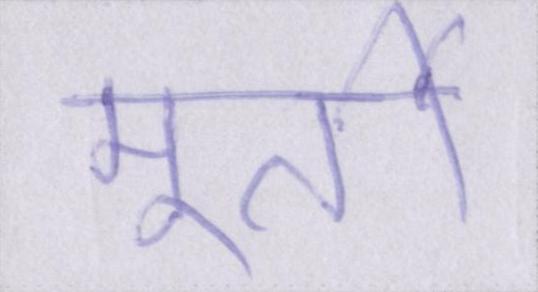
मूर्ती